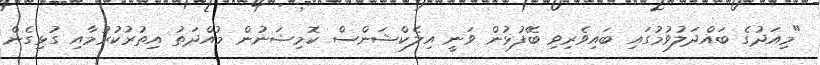
"މިއަދުގެ ބައްދަލުވުމުގައި ބައިވެރިވި ބޭފުޅުން ވަނީ އިލެކްޝަންސް ކޮމިޝަނުން މުއްދަތު އިތުރުކުރުމާއި ގުޅިގެން